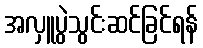
အလှူပွဲသွင်းဆင်ခြင်ရန်